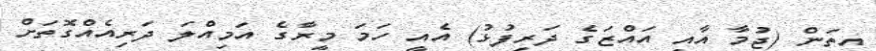
އީތަން (ޖުމާ އާއި އައްޒަގެ ދަރިފުޅު) އެއީ ހަމަ މީރާގެ އަމިއްލަ ދަރިއެއްގޮތަށް